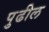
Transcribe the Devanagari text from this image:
पुुढील